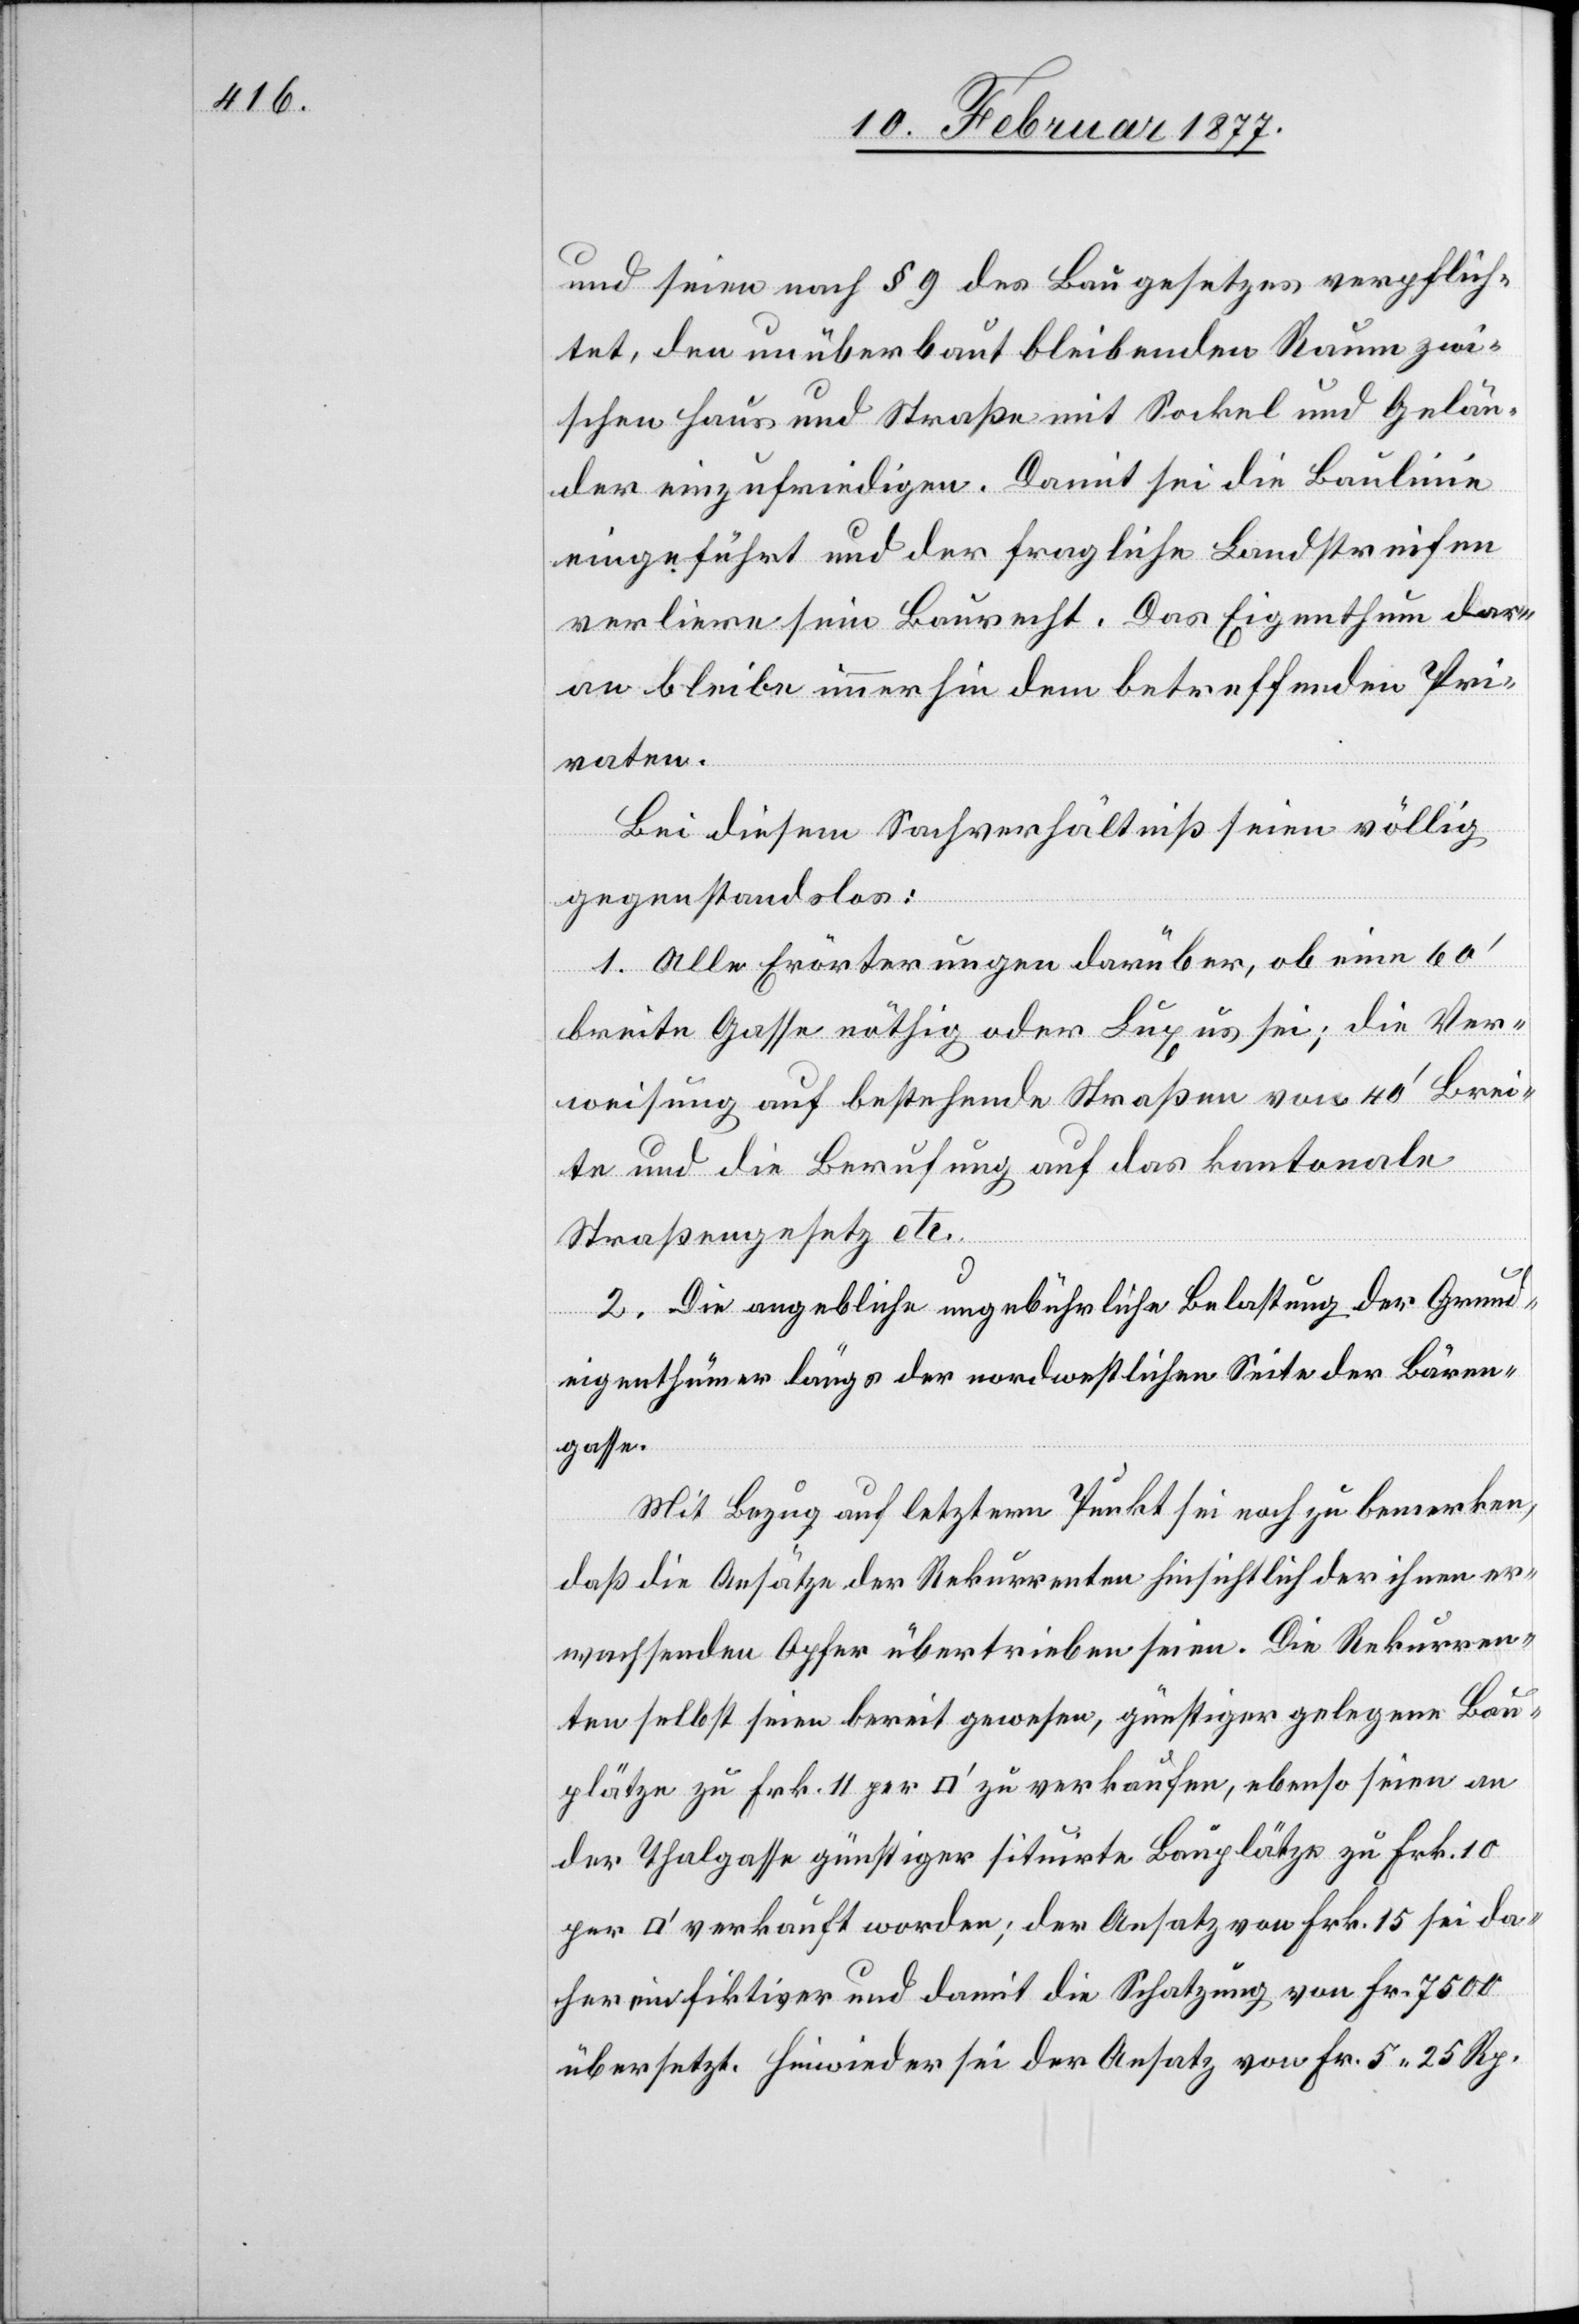
und seien nach § 9 des Baugesetzes verpflich¬
tet, den unüberbaut bleibenden Raum zwi¬
schen Haus und Straße mit Sockel und Gelän¬
der einzufriedigen. Damit sei die Baulinie
eingeführt und der fragliche Landstreifen
verliere sein Baurecht. Das Eigenthum dar¬
an bleibe immerhin dem betreffenden Pri¬
vaten.
Bei diesem Sachverhältniß seien völlig
gegenstandslos:
1. Alle Erörterungen darüber, ob eine 60’
breite Gasse nöthig oder Luxus sei; die Ver¬
weisung auf bestehende Straßen von 40’ Brei¬
te und die Berufung auf das kantonale
Straßengesetz etc.
2. Die angebliche ungebührliche Belastung der Grund¬
eigenthümer längs der nordwestlichen Seite der Bären¬
gasse.
Mit Bezug auf letztern Punkt sei noch zu bemerken,
daß die Ansätze der Rekurrenten hinsichtlich der ihnen er¬
wachsenden Opfer übertrieben seien. Die Rekurren¬
ten selbst seien bereit gewesen, günstiger gelegene Bau¬
plätze zu Frk. 11 per [Quadratfuss] zu verkaufen, ebenso seien an
der Thalgasse günstiger situirte Bauplätze zu Frk. 10
verkauft worden; der Ansatz von Frk. 15 sei da¬
her ein fiktiver und damit die Schatzung von Fr. 7500
übersetzt. Hinwieder sei der Ansatz von Fr. 5 25 Rp.